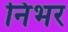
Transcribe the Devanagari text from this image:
निभर